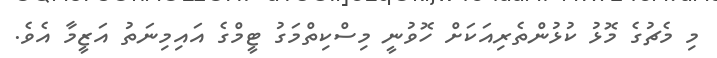
މި މެޗުގެ މޮޅު ކުޅުންތެރިއަކަށް ހޮވުނީ މިސްކިތްމަގު ޓީމްގެ އައިމިނަތު އަޒީމާ އެވެ.